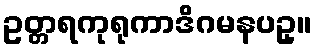
ဥတ္တရကုရုကာဒိဂမနပဥှ။